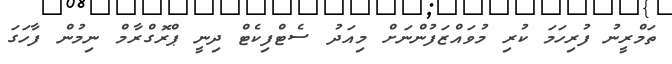
ތަމްރީނު ފުރިހަމަ ކުރި މުވައްޒަފުންނަށް މިއަދު ސެޓްފިކެޓް ދިނީ ޕްރޮގްރާމް ނިމުން ފާހަގަ